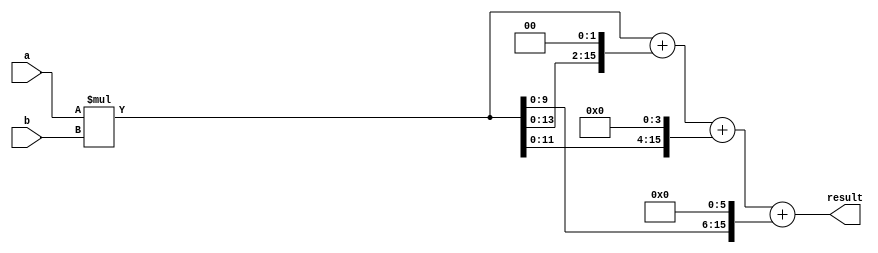
module radix4_multiplier(
    input wire [7:0] a,
    input wire [7:0] b,
    output reg [15:0] result
);

reg [15:0] product [3:0];
reg [15:0] sum [3:0];

integer i, j;

always @(a, b) begin
    product[0] = a * b; // First sub-multiplication
    for (i = 1; i < 4; i = i + 1) begin
        product[i] = product[i-1] << 2; // Multiply by radix-4
    end
    
    sum[0] = product[0];
    for (j = 1; j < 4; j = j + 1) begin
        sum[j] = sum[j-1] + product[j]; // Add the sub-multiplications
    end
    
    result = sum[3]; // Final result
end

endmodule